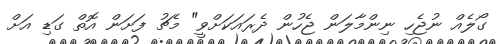
ގޯލެއް ނުޖެހި ނިންމާލަން ޖެހުން ދެރައަކަށްވީ" މެޗު ފަށަން އޮތް ގަޑި އަށް